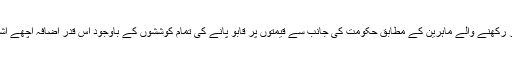
انڈیکس پر نظر رکھنے والے ماہرین کے مطابق حکومت کی جانب سے قیمتوں پر قابو پانے کی تمام کوششوں کے باوجود اس قدر اضافہ اچھے اشارے نہیں ہیں۔